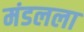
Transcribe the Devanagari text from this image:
मंडलला